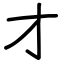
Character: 才